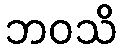
ဘဝသိ